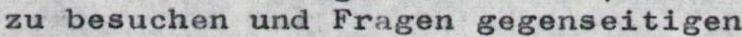
zu besuchen und Fragen gegenseitigen